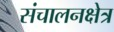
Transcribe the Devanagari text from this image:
संचालनक्षेत्र